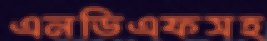
এনডিএফসহ